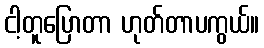
ငါ့တူပြောတာ ဟုတ်တာပကွယ်။